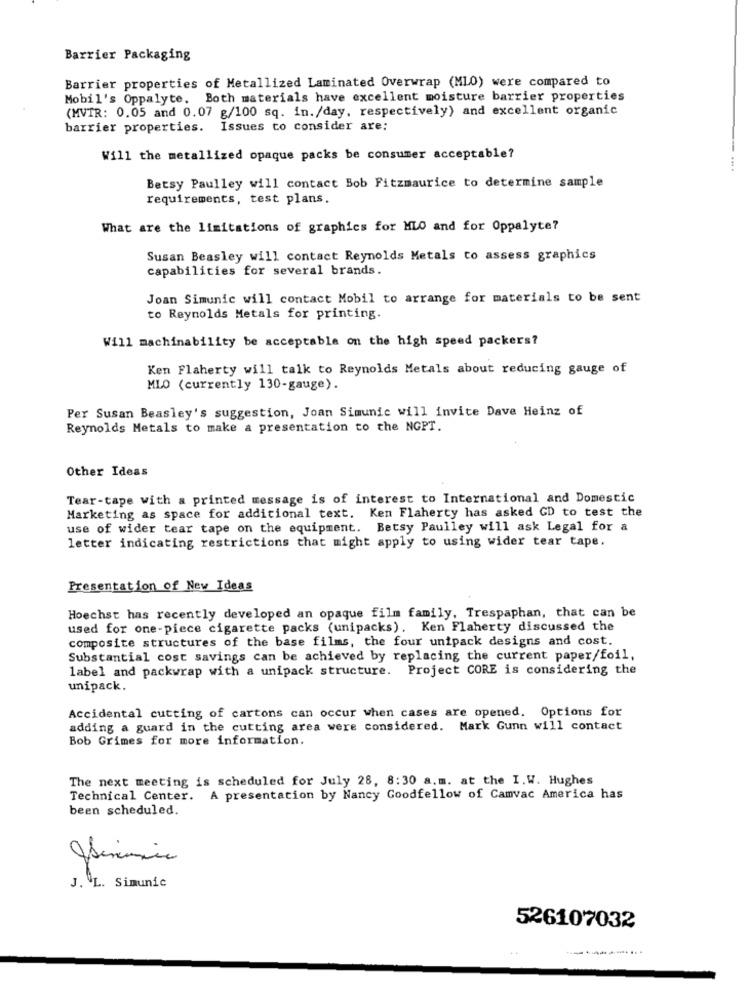
Barrier Packaging
Barrier properties of Metallized Laminated Overwrap (MLO) were compared to
Mobil's Oppalyte. Both materials have excellent moisture barrier properties
(MVTR: 0.05 and 0.07 g/100 sq. in./day, respectively) and excellent organic
barrier properties. Issues to consider are:
Will the metallized opaque packs be consumer acceptable?
... .
Betsy Paulley will contact Bob Fitzmaurice to determine sample
requirements, test plans.
What are the limitations of graphics for MLO and for Oppalyte?
Susan Beasley will contact Reynolds Metals to assess graphics
capabilities for several brands.
Joan Simunic will contact Mobil to arrange for materials to be sent
to Reynolds Metals for printing.
Will machinability be acceptable on the high speed packers?
Ken Flaherty will talk to Reynolds Metals about reducing gauge of
MLO (currently 130-gauge).
Per Susan Beasley's suggestion, Joan Simunic will invite Dave Heinz of
Reynolds Metals to make a presentation to the NGPT.
Other Ideas
Tear-tape with a printed message is of interest to International and Domestic
Marketing as space for additional text. Ken Flaherty has asked CD to test the
use of wider tear tape on the equipment. Betsy Paulley will ask Legal for a
letter indicating restrictions that might apply to using wider tear tape.
Presentation of New Ideas
Hoechst has recently developed an opaque film family, Trespaphan, that can be
used for one-piece cigarette packs (unipacks). Ken Flaherty discussed the
composite structures of the base films, the four unipack designs and cost.
Substantial cost savings can be achieved by replacing the current paper/foil,
label and packwrap with a unipack structure. Project CORE is considering the
unipack.
Accidental cutting of cartons can occur when cases are opened. Options for
adding a guard in the cutting area were considered. Mark Gunn will contact
Bob Grimes for more information.
The next meeting is scheduled for July 28, 8:30 a.m. at the I.W. Hughes
Technical Center. A presentation by Nancy Goodfellow of Camvac America has
been scheduled.
J. L. Simunic
526107032
-------....